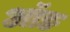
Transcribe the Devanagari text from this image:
ऑङ